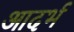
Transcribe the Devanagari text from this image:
आदर्भ